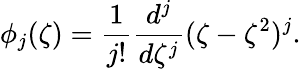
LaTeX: \phi_{j}(\zeta)=\frac{1}{j!}\frac{d^{j}}{d\zeta^{j}}(\zeta-\zeta^{2})^{j}.